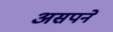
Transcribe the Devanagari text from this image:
असपने